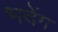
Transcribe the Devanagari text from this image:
भदेंग